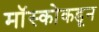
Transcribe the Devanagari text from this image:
मॉस्कोकडून